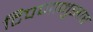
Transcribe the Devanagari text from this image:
टिपणानुसार